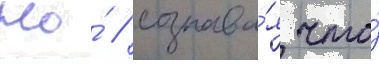
Но́ / сознава́я что́